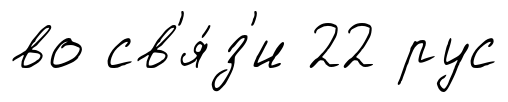
во св'я́з'и 22 рус